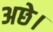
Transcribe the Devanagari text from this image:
अछे।